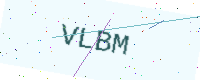
Text: VLBM